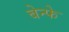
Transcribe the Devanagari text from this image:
बेन्फे